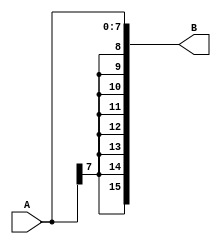
//816
module SignExtender(
	input [7:0] A,
	output [15:0] B
);
	assign B = {{8{A[7]}},A};
	
endmodule